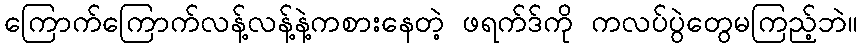
ကြောက်ကြောက်လန့်လန့်နဲ့ကစားနေတဲ့ ဖရက်ဒ်ကို ကလပ်ပွဲတွေမကြည့်ဘဲ။